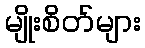
မျိုးစိတ်များ